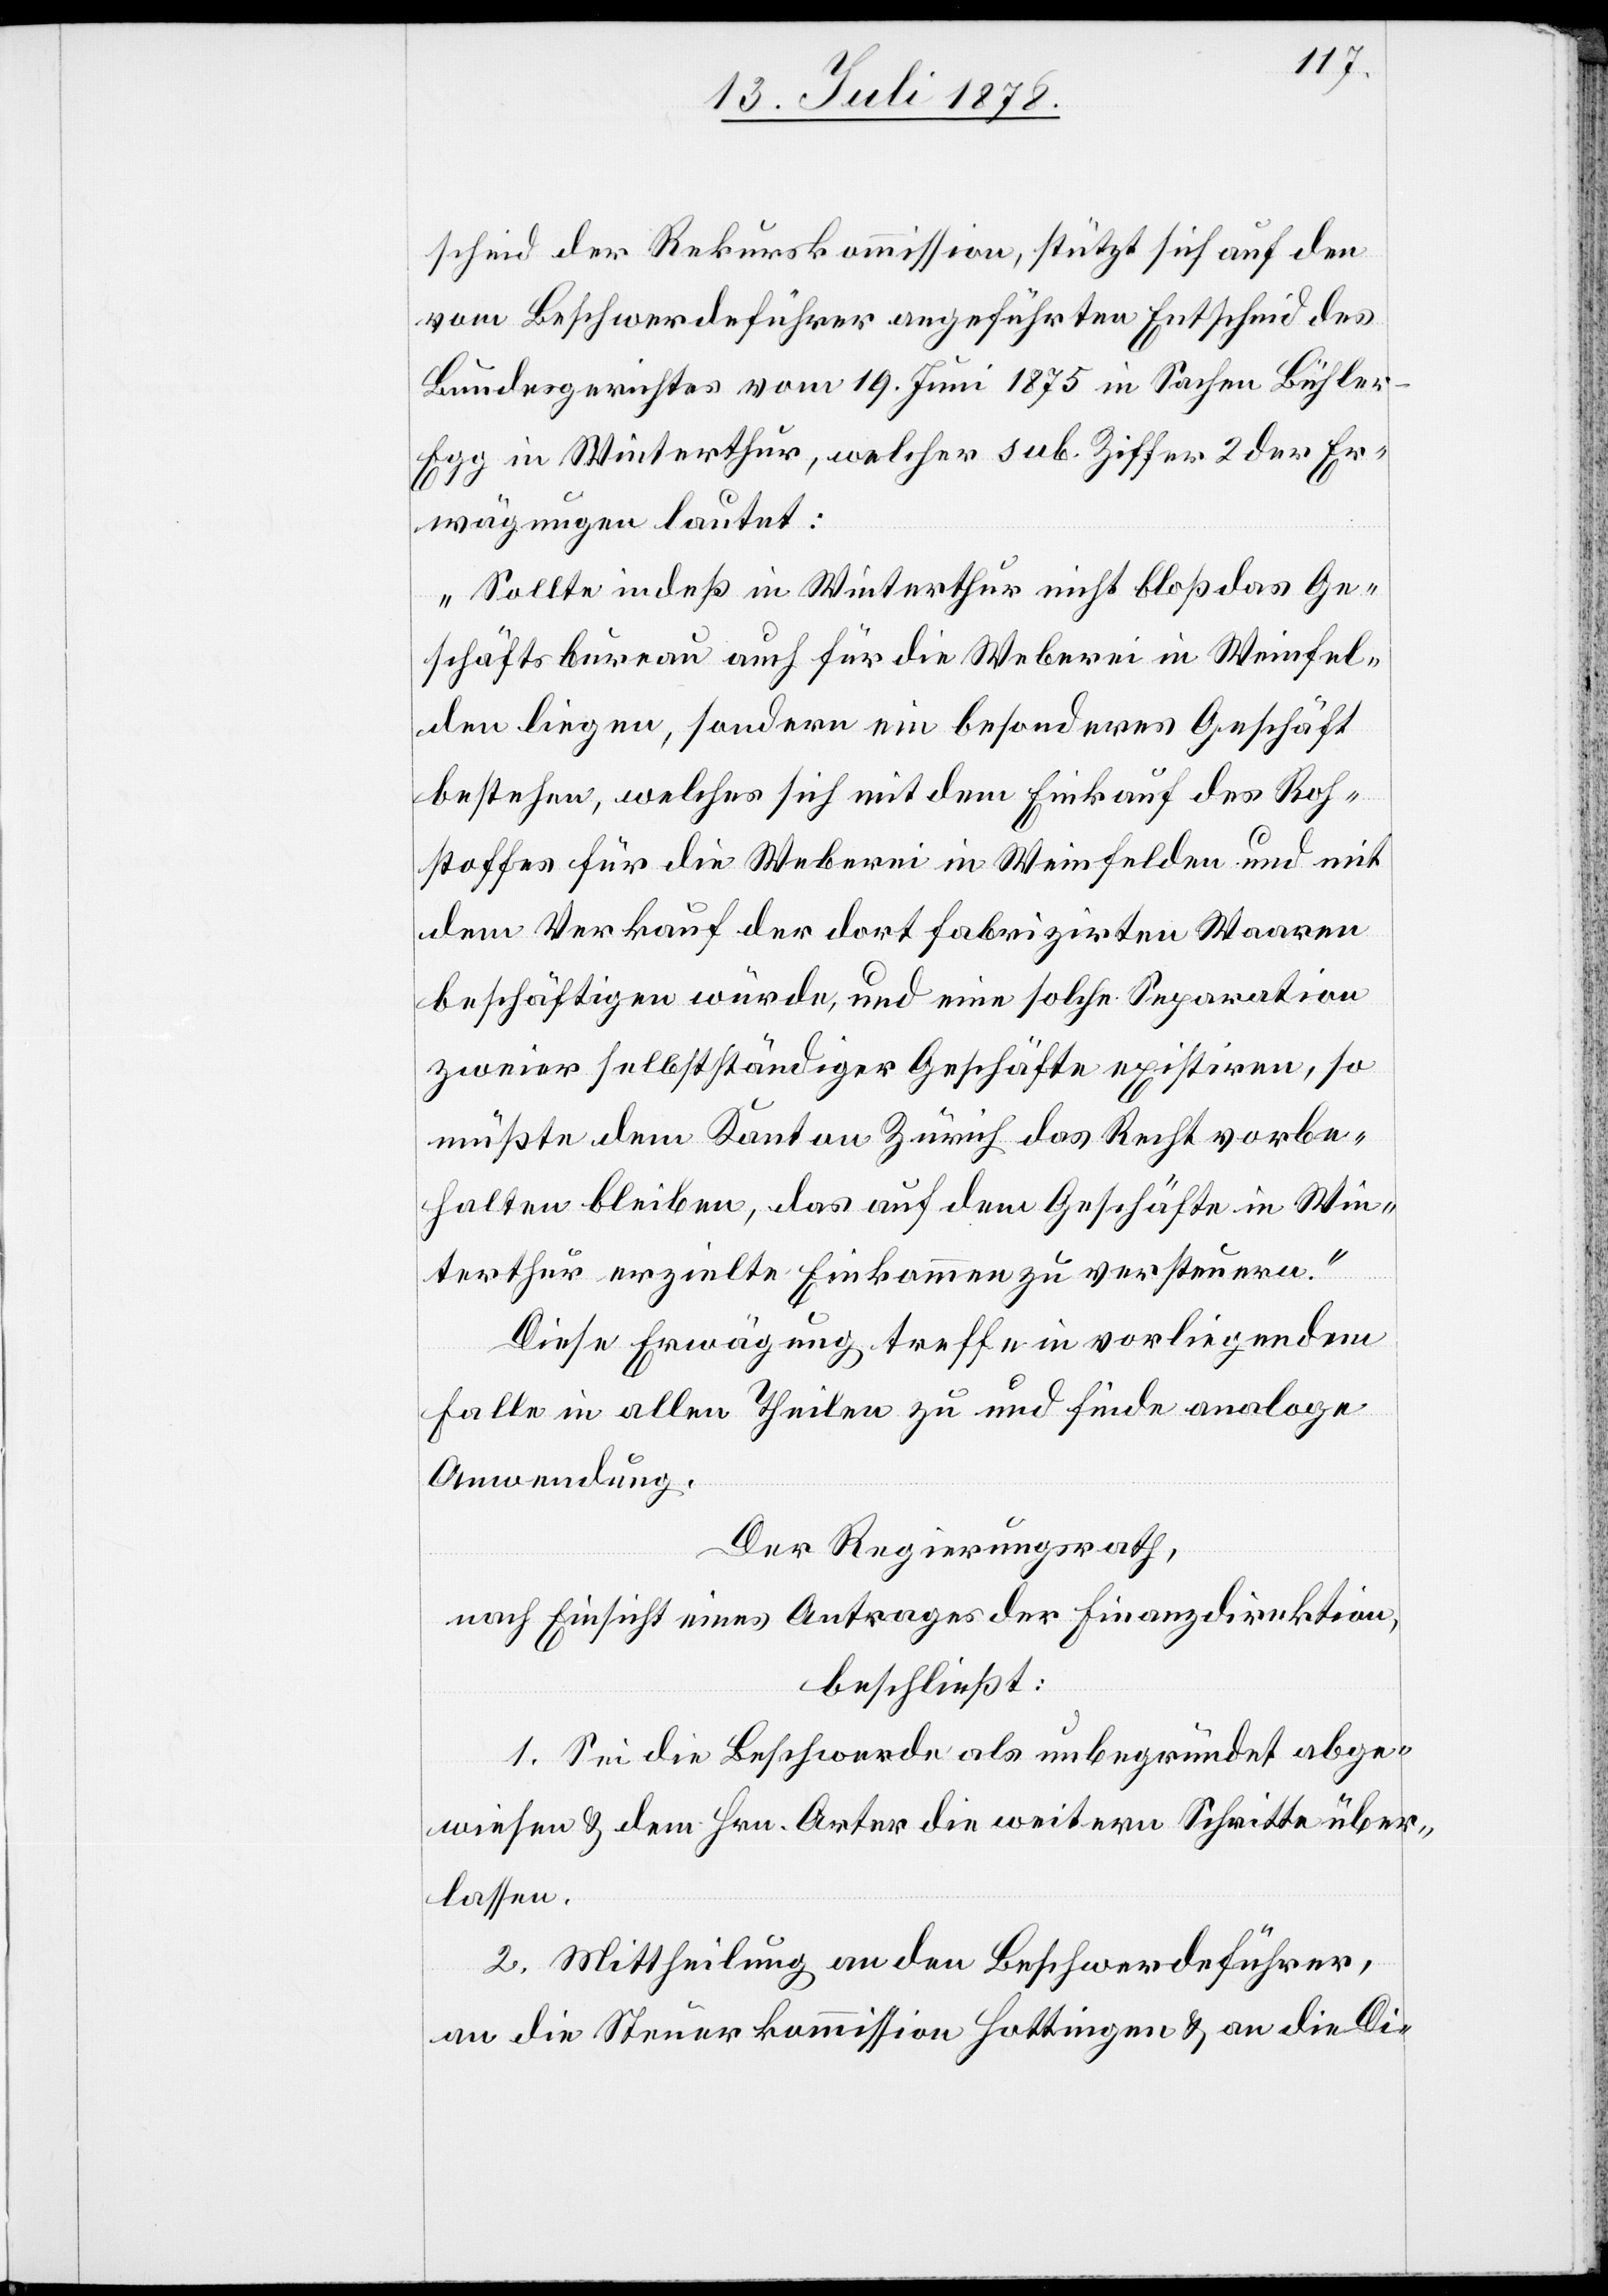
scheid der Rekurskommission, stützt sich auf den
vom Beschwerdeführer angeführten Entscheid des
Bundesgerichtes vom 19. Juni 1875 in Sachen Bühle-E¬
gg in Winterthur, welcher sub. Ziffer 2 der Er¬
wägungen lautet:
„Sollte indeß in Winterthur nicht bloß das Ge¬
schäftsbureau auch für die Weberei in Weinfel¬
den liegen, sondern ein besonderes Geschäft
bestehen, welches sich mit dem Einkauf des Roh¬
stoffes für die Weberei in Weinfelden und mit
dem Verkauf der dort fabrizirten Waaren
beschäftigen würde, und eine solche Separation
zweier selbstständiger Geschäfte existire, so
müßte dem Kanton Zürich das Recht vorbe¬
halten bleiben, das auf dem Geschäfte in Win¬
terthur erzielte Einkommen zu versteuern.“
Diese Erwägung treffe in vorliegendem
Falle in allen Theilen zu und finde analoge
Anwendung.
Der Regierungsrath,
nach Einsicht eines Antrages der Finanzdirektion,
beschließt:
1. Sei die Beschwerde als unbegründet abge¬
wiesen & dem Hrn. Arter die weitern Schritte über¬
lassen.
2. Mittheilung an den Beschwerdeführer,
an die Steuerkommission Hottingen & an die Di-